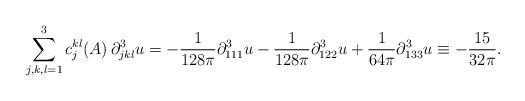
LaTeX: \begin{align*}\sum_{j,k,l=1}^3 c_j^{kl}(A)\,\partial_{jkl}^3 u = -\frac{1}{128\pi}\partial_{111}^3 u -\frac{1}{128\pi}\partial_{122}^3 u +\frac{1}{64\pi}\partial_{133}^3 u \equiv -\frac{15}{32\pi}.\end{align*}